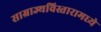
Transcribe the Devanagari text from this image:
साम्राज्यविस्तारामध्ये